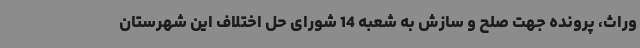
وراث، پرونده جهت صلح و سازش به شعبه 14 شورای حل اختلاف این شهرستان